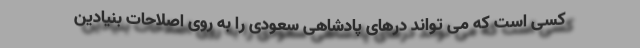
کسی است که می تواند درهای پادشاهی سعودی را به روی اصلاحات بنیادین